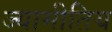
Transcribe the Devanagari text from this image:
ज्यामीतिय